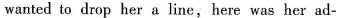
wanted to drop her a line,here was her ad-